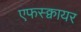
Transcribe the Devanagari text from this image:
एफस्क्वायर